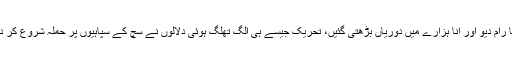
بابا رام دیو اور انا ہزارے میں دوریاں بڑھتی گئیں، تحریک جیسے ہی الگ تھلگ ہوئی دلالوں نے سچ کے سپاہیوں پر حملہ شروع کر دیا۔